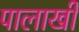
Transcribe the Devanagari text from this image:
पालाखी